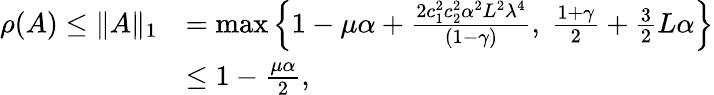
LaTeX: \begin{array}{rl}{\rho(A)\leq\| A\| _{1}}&{=\operatorname*{max}\left\{ 1-\mu\alpha+\frac{2c_{1}^{2}c_{2}^{2}\alpha^{2}L^{2}\lambda^{4}}{(1-\gamma)},~\frac{1+\gamma}{2}+\frac{3}{2}L\alpha\right\} }\\ &{\leq 1-\frac{\mu\alpha}{2},}\end{array}